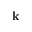
{ \bf k }